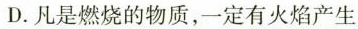
D.凡是燃烧的物质，一定有火焰产生